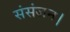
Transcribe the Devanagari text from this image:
संसंजन।